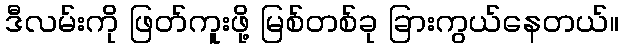
ဒီလမ်းကို ဖြတ်ကူးဖို့ မြစ်တစ်ခု ခြားကွယ်နေတယ်။